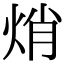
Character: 焇